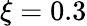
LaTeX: \xi=0.3